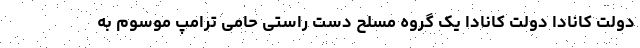
دولت کانادا دولت کانادا یک گروه مسلح دست راستی حامی ترامپ موسوم به